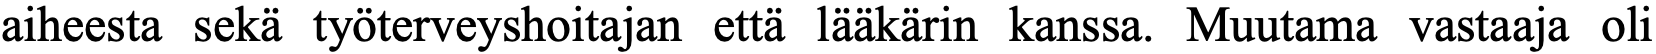
aiheesta sekä työterveyshoitajan että lääkärin kanssa. Muutama vastaaja oli